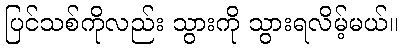
ပြင်သစ်ကိုလည်း သွားကို သွားရလိမ့်မယ်။